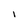
Character: l